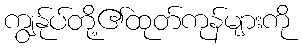
ကျွန်ုပ်တို့၏ထုတ်ကုန်များကို